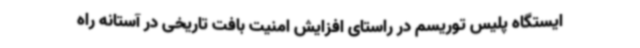
ایستگاه پلیس توریسم در راستای افزایش امنیت بافت تاریخی در آستانه راه